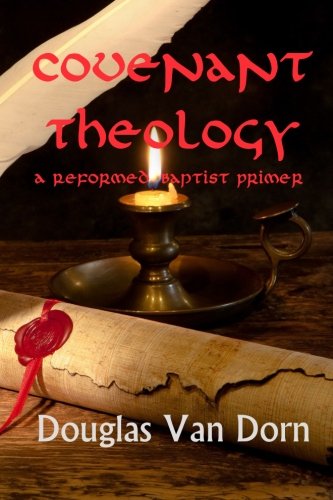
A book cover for Covenant Theology: A Reformed Baptist Primer; Douglas Van Dorn; Christian Books & Bibles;